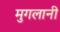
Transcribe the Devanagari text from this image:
मुगलानी